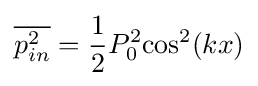
{\overline {p_{in}^{2}}}={1 \over 2}P_{0}^{2}{\cos ^{2}}(kx)